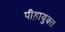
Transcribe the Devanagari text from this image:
पीड़ायुक्‍त